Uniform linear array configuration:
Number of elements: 48
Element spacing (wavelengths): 0.75
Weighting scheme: cosine
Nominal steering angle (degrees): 0
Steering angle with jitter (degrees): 1.214
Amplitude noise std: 0.05
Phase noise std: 0.05

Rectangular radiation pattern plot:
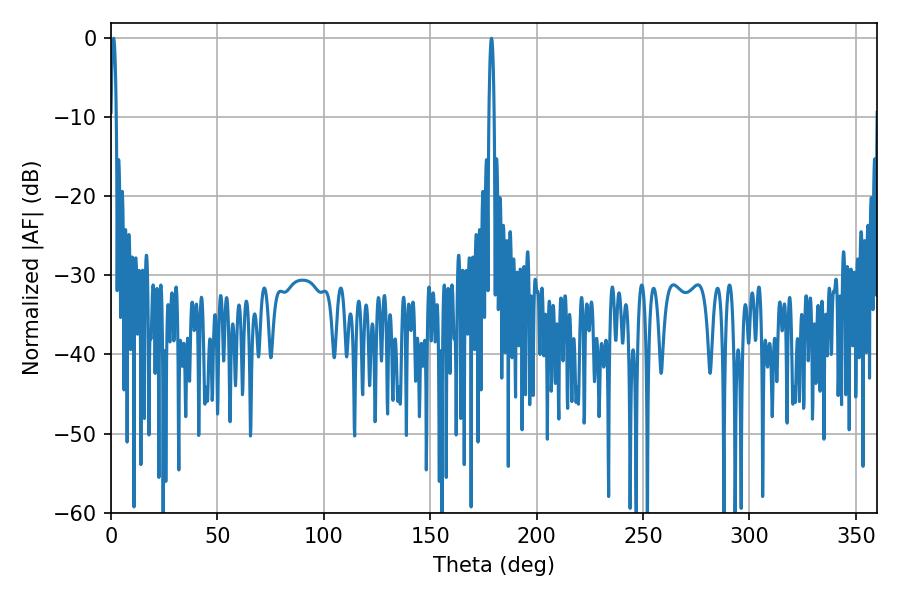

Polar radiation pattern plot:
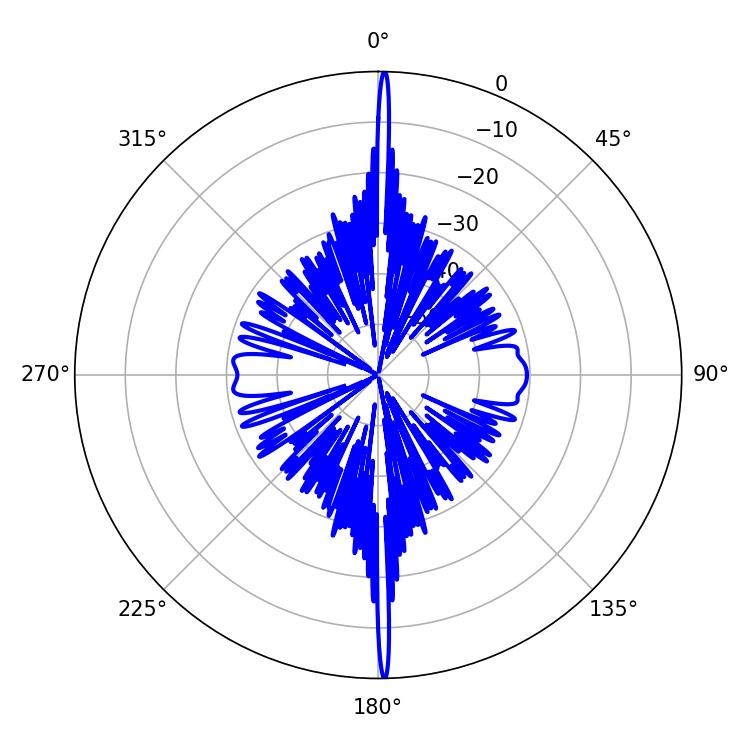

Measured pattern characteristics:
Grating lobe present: TRUE
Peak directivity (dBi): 32.176
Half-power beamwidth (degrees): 1.26
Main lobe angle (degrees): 1.26